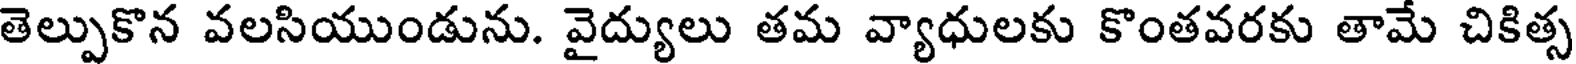
తెల్పుకొన వలసియుండును. వైద్యులు తమ వ్యాధులకు కొంతవరకు తామే చికిత్స